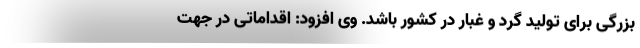
بزرگی برای تولید گرد و غبار در کشور باشد. وی افزود: اقداماتی در جهت